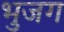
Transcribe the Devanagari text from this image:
भुजग